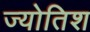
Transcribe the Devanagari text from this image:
ज्योतिश